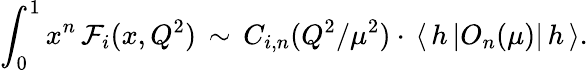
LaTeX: \int_{0}^{1}x^{n}\, {\cal F}_{i}(x,Q^{2})\, \sim\, C_{i,n}(Q^{2}/\mu^{2})\cdot\, \langle\, h\, |O_{n}(\mu)|\, h\, \rangle.